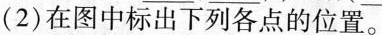
(2)在图中标出下列各点的位置。